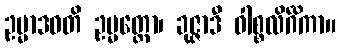
ဥမ္မာဒဝတိ ဥမ္မတ္တော၊ ခုဇ္ဇာဒီ ဝါစ္စလိင်္ဂိကာ။